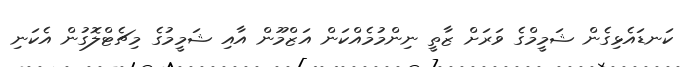
ކަނޑައެޅިގެން ޝަމީމްގެ ވަރަށް ޒާތީ ނިންމުމެއްކަން އަޒްމޫން އާއި ޝަމީމުގެ މިޗެޓްލޮގުން އެކަނި